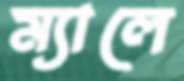
ম্যালে